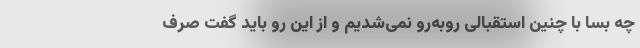
چه بسا با چنین استقبالی رو‌به‌رو نمی‌شدیم و از این رو باید گفت صِرف